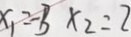
x _ { 1 } = - 3 x _ { 2 } = 2